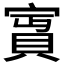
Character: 𡪛